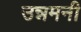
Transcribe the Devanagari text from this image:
उन्नमनी